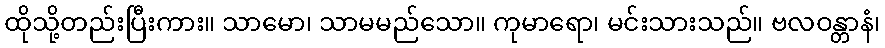
ထိုသို့တည်းပြီးကား။ သာမော၊ သာမမည်သော။ ကုမာရော၊ မင်းသားသည်။ ဗလဝန္တာနံ၊